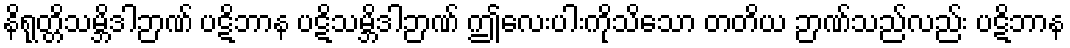
နိရုတ္တိသမ္ဘိဒါဉာဏ် ပဋိဘာန ပဋိသမ္ဘိဒါဉာဏ် ဤလေးပါးကိုသိသော တတိယ ဉာဏ်သည်လည်း ပဋိဘာန